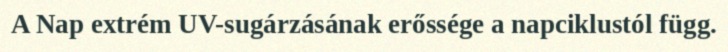
A Nap extrém UV-sugárzásának erőssége a napciklustól függ.